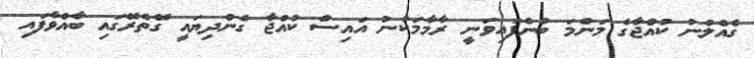
ގެއްލުނު ކުއްޖާގެ މަންމަ ބުނެފައިވަނީ ރާމާމަކުނު އައިސް ކުއްޖާ ގެންދިޔައީ ގޭތެރޭގައި ބާއްވާފައި